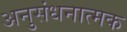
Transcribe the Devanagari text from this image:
अनुसंधनात्मक